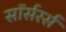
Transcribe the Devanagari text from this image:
सॉर्सरर्स